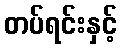
တပ်ရင်းနှင့်